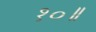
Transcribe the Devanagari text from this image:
१०॥